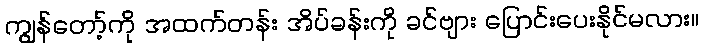
ကျွန်တော့်ကို အထက်တန်း အိပ်ခန်းကို ခင်ဗျား ပြောင်းပေးနိုင်မလား။